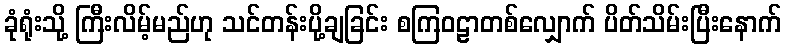
ခုံရုံးသို့ ကြီးလိမ့်မည်ဟု သင်တန်းပို့ချခြင်း စကြဝဠာတစ်လျှောက် ပိတ်သိမ်းပြီးနောက်